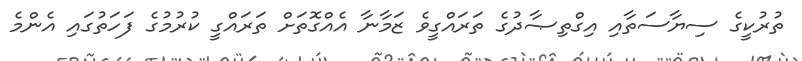
ތުރުކީގެ ސިޔާސަތާއި އިގްތިޞާދުގެ ތަރައްގީވެ ޒަމާނާ އެއްގޮތަށް ތަރައްގީ ކުރުމުގެ ފަހަތުގައި އެންމެ